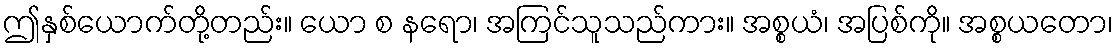
ဤနှစ်ယောက်တို့တည်း။ ယော စ နရော၊ အကြင်သူသည်ကား။ အစ္စယံ၊ အပြစ်ကို။ အစ္စယတော၊